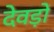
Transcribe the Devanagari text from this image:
देवड़ों